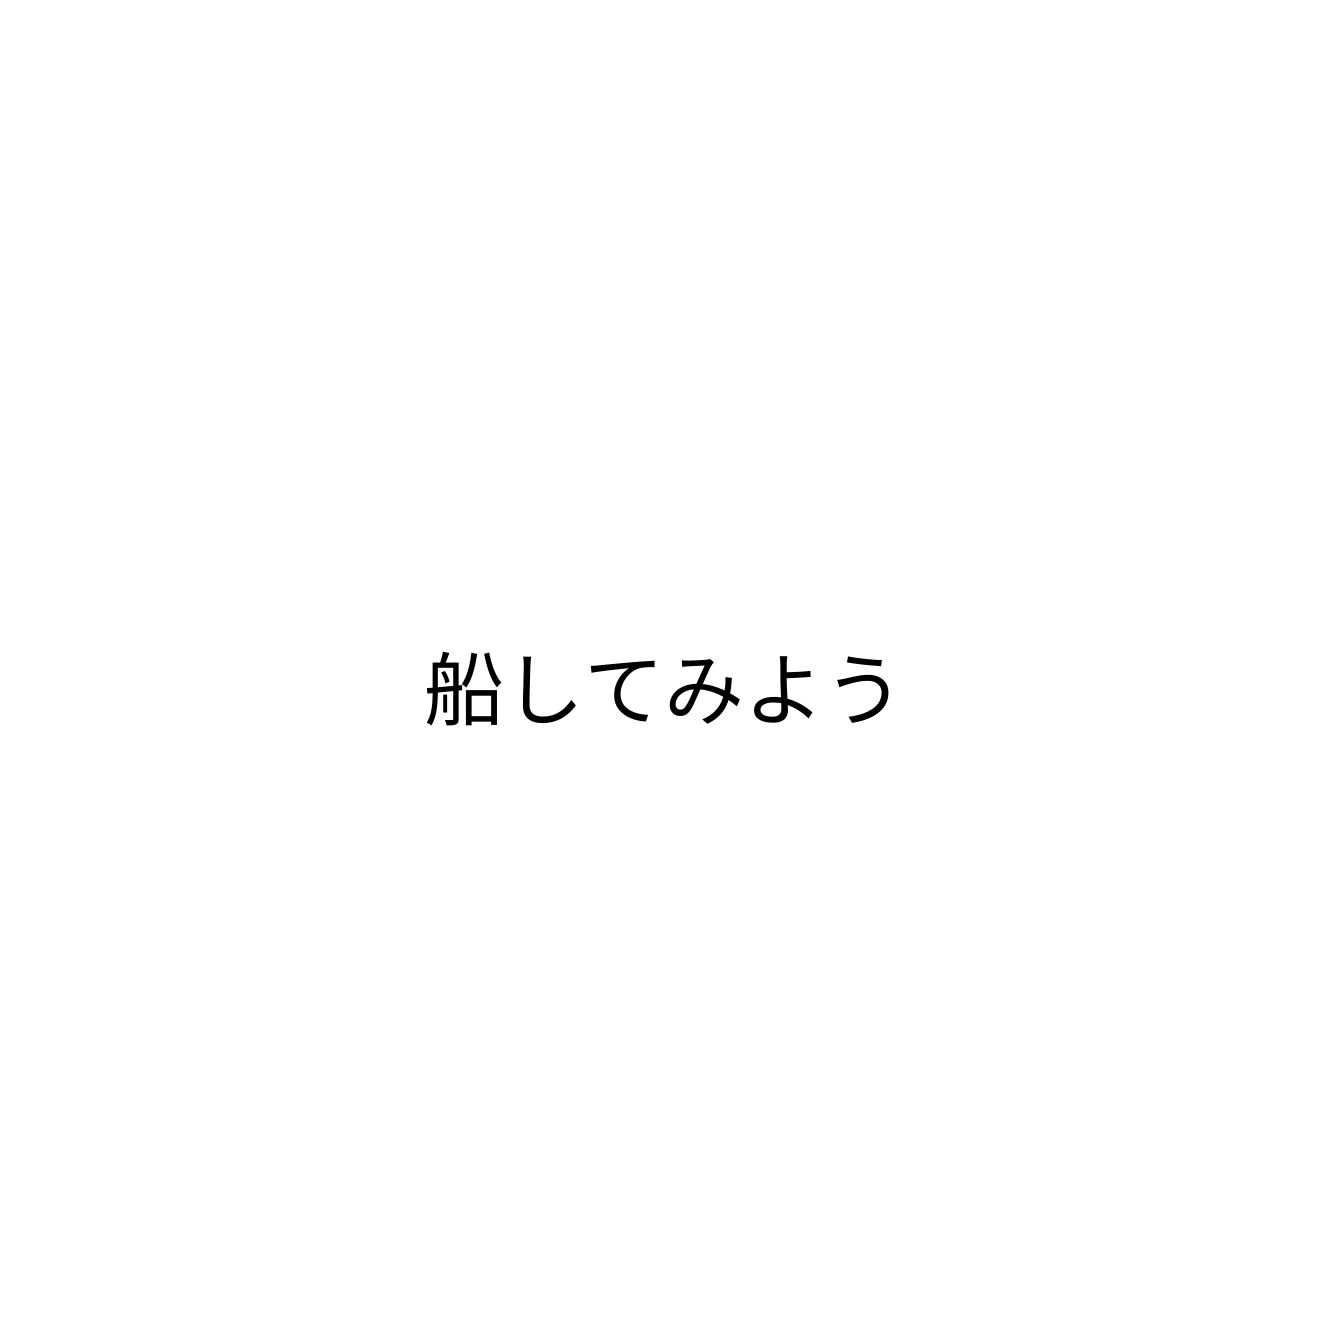
船してみよう